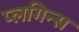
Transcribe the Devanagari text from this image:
प्लगिन्स